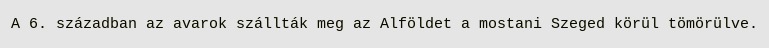
A 6. században az avarok szállták meg az Alföldet a mostani Szeged körül tömörülve.